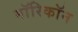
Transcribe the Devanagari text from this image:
माॅरिकाॅन